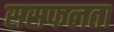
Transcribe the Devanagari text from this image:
ससफलता